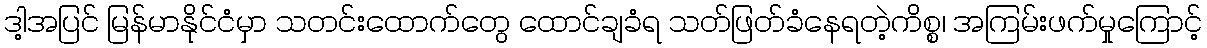
ဒါ့အပြင် မြန်မာနိုင်ငံမှာ သတင်းထောက်တွေ ထောင်ချခံရ သတ်ဖြတ်ခံနေရတဲ့ကိစ္စ၊ အကြမ်းဖက်မှုကြောင့်